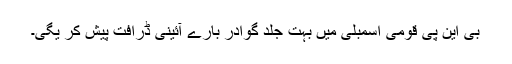
بی این پی قومی اسمبلی میں بہت جلد گوادر بارے آئینی ڈرافت پیش کر یگی۔